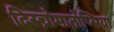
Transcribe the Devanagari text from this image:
दिस्च्रोमातोप्सिया